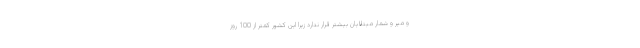
و میر و شمار مبتلایان بیشتر قرار ندارد زیرا این کشور کمتر از 100 روز